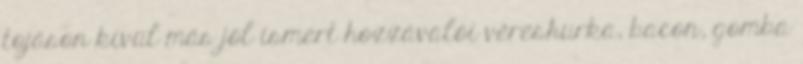
tojáson kívül más jól ismert hozzávalói véreshurka, bacon, gomba